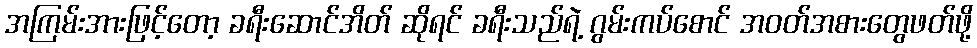
အကြမ်းအားဖြင့်တော့ ခရီးဆောင်အိတ် ဆိုရင် ခရီးသည်ရဲ့ ဂွမ်းကပ်စောင် အဝတ်အစားတွေဖတ်ဖို့